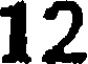
12